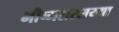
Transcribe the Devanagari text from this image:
भीष्मशरशय्या